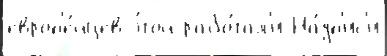
европ'е́йцев э́той рабо́тал'и На́дп'ис'и